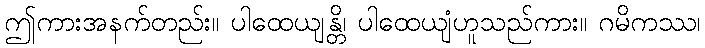
ဤကားအနက်တည်း။ ပါထေယျန္တိ၊ ပါထေယျံဟူသည်ကား။ ဂမိကဿ၊